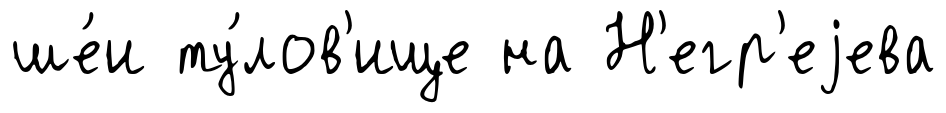
ше́и ту́лов'ище на Н'егр'еjева